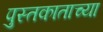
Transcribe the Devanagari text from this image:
पुस्तकाताच्या